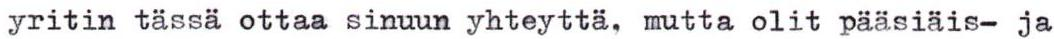
yritin tässä ottaa sinuun yhteyttä, mutta olit pääsiäis- ja